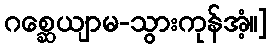
ဂစ္ဆေယျာမ-သွားကုန်အံ့။]